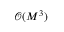
\mathcal { O } ( M ^ { 3 } )